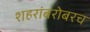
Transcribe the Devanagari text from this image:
शहरांबरोबरच